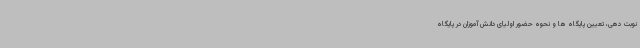
نوبت دهی، تعیین پایگاه ها و نحوه حضور اولیای دانش آموزان در پایگاه